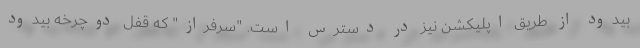
بیدود از طریق اپلیکشن نیز در دسترس است. "سرفراز" که قفل دوچرخه بیدود